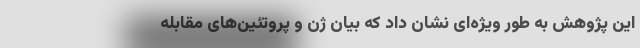
این پژوهش به طور ویژه‌ای نشان داد که بیان ژن و پروتئین‌های مقابله